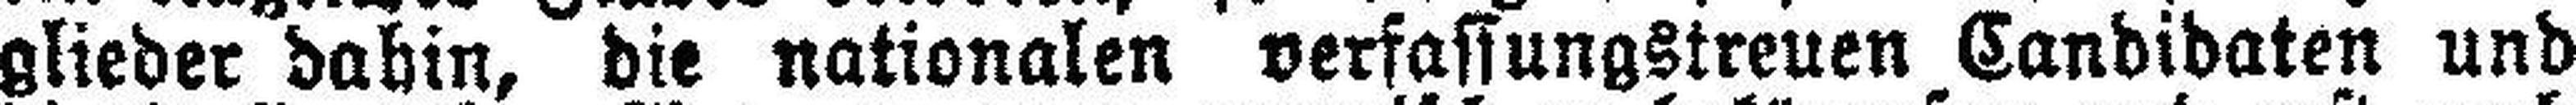
glieder dahin, die nationalen verfassungstreuen Candidaten und